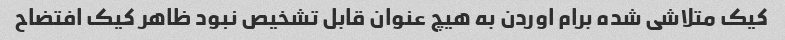
کیک متلاشی شده برام اوردن به هیچ عنوان قابل تشخیص نبود ظاهر کیک افتضاح